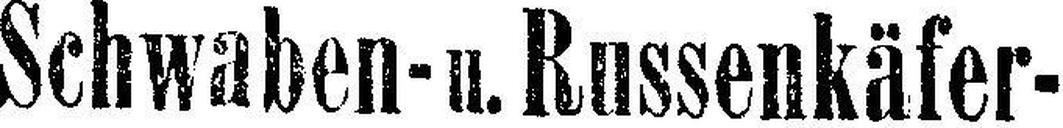
Schwaben- u. Russenkäfer-